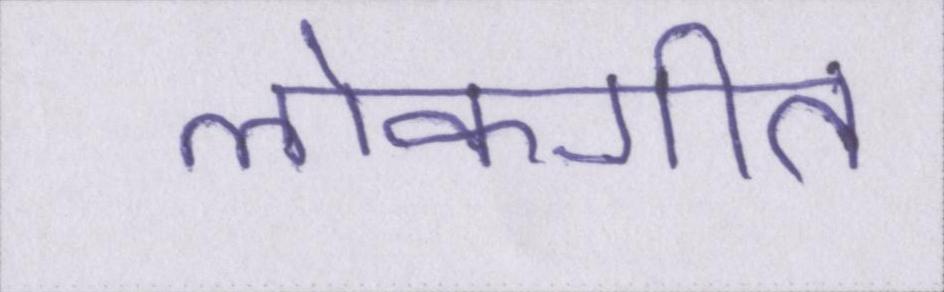
लोकगीत